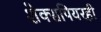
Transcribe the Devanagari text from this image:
शेक्सपियरही